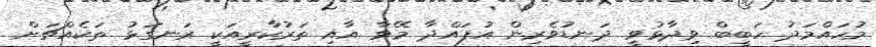
މުހައްމަދު ހަބީބް ވިދާޅުވީ ދަނޑުވެރިން އުފައްދާ މޭވާ އާއި ތަރުކާރީއަކީ ރަނގަޅު ތަކެއްޗަށް